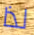
لذا